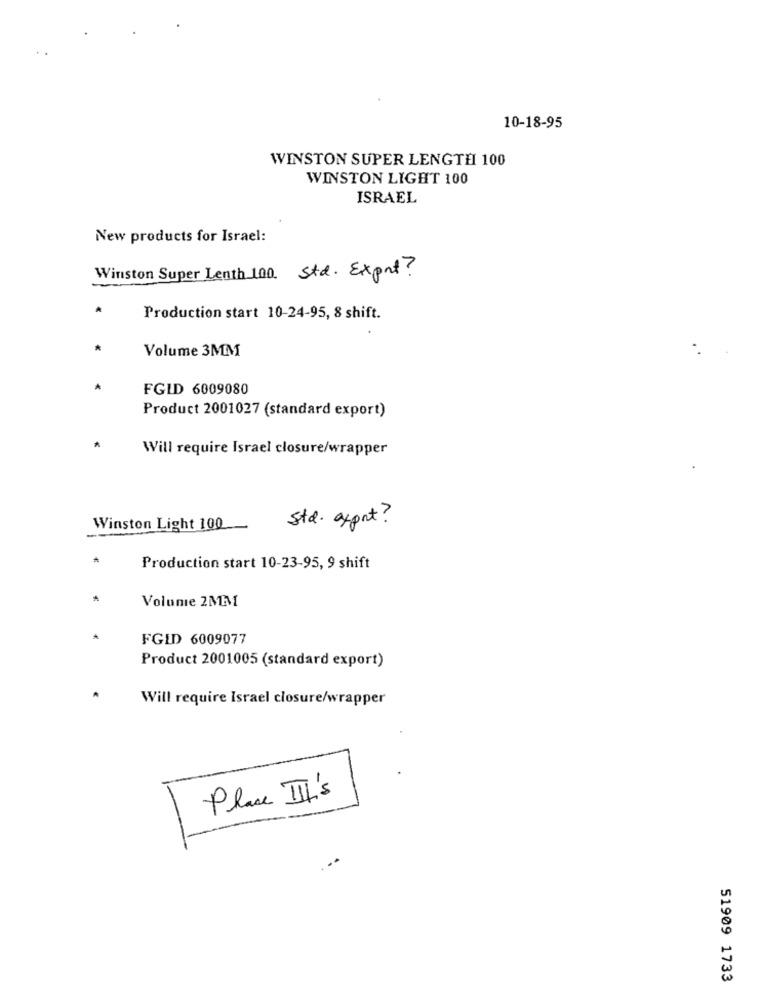
10-18-95
WINSTON SUPER LENGTH 100
WINSTON LIGHT 100
ISRAEL
New products for Israel:
std . Expat ?
Production start 10-24-95, 8 shift.
*
Volume 3MM
FGLD 6009080
Product 2001027 (standard export)
Will require Israel closure/wrapper
std. axprt ?
Winston Light 100
Production start 10-23-95, 9 shift
Volume 2MM
FGLD 6009077
Product 2001005 (standard export)
Will require Israel closure/wrapper
Place III's
51909 1733